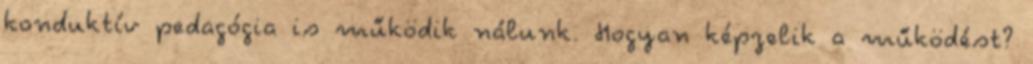
konduktív pedagógia is működik nálunk. Hogyan képzelik a működést?